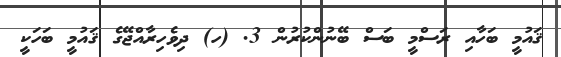
ޤައުމީ ބަހާއި ރަސްމީ ބަސް ބޭނުންކުރުން 3. (ހ) ދިވެހިރާއްޖޭގެ ޤައުމީ ބަހަކީ